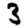
Digit: 3